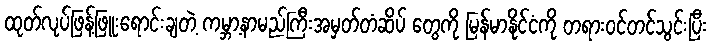
ထုတ်လုပ်ဖြန့်ဖြူးရောင်းချတဲ့ ကမ္ဘာ့နာမည်ကြီးအမှတ်တံဆိပ် တွေကို မြန်မာနိုင်ငံကို တရားဝင်တင်သွင်းပြီး